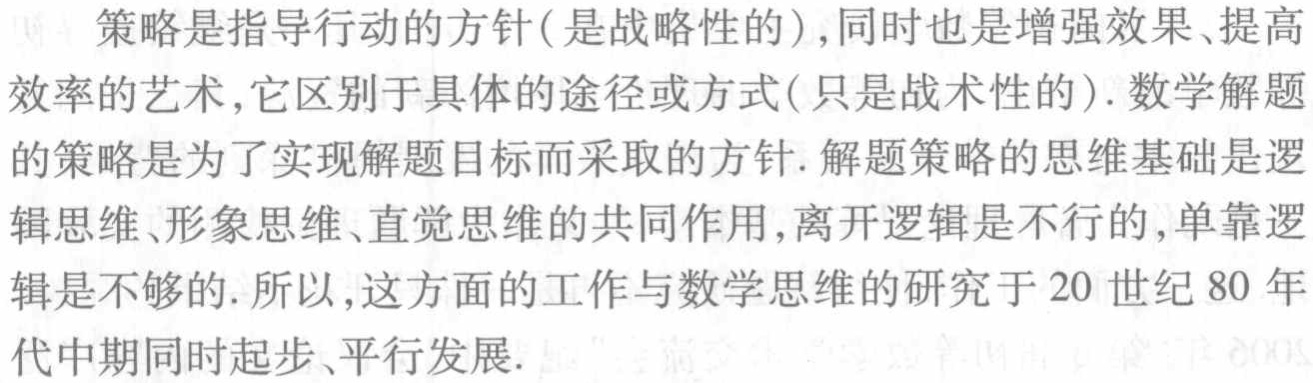
策略是指导行动的方针(是战略性的),同时也是增强效果、提高
效率的艺术,它区别于具体的途径或方式(只是战术性的).数学解题
的策略是为了实现解题目标而采取的方针. 解题策略的思维基础是逻
辑思维、形象思维、直觉思维的共同作用,离开逻辑是不行的,单靠逻
辑是不够的. 所以,这方面的工作与数学思维的研究于 20 世纪 80 年
代中期同时起步、平行发展.